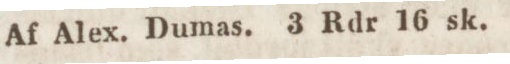
Af Alex. Dumas. 3 Rdr 16 sk.